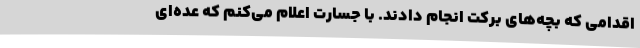
اقدامی که بچه‌های برکت انجام دادند. با جسارت اعلام می‌کنم که عده‌ای